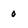
Character: 0